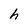
Character: h